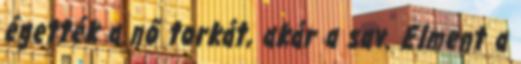
égették a nő torkát, akár a sav. Elment a